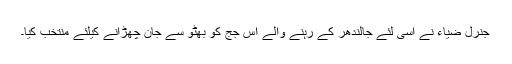
جنرل ضیاء نے اسی لئے جالندھر کے رہنے والے اس جج کو بھٹو سے جان چھڑانے کیلئے منتخب کیا۔